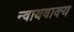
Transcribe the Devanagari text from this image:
न्वायवाक्य